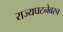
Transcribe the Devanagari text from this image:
राज्यघटनेवरच